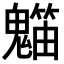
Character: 𥶯